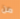
من